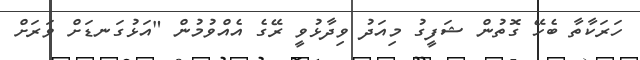
ހަރަކާތާ ބެހޭ ގޮތުން ޝަފީގު މިއަދު ވިދާޅުވީ ރޭގެ އެއްވުމުން "އަޅުގަނޑަށް ވަރަށް